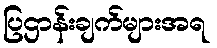
ပြဌာန်းချက်များအရ